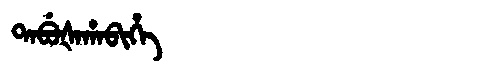
Manchu: ᡨᠠᠪᡠᡧᠠᡥᠠᠪᡳᡥᡝ
Romanization: TABUŠAHABIHE